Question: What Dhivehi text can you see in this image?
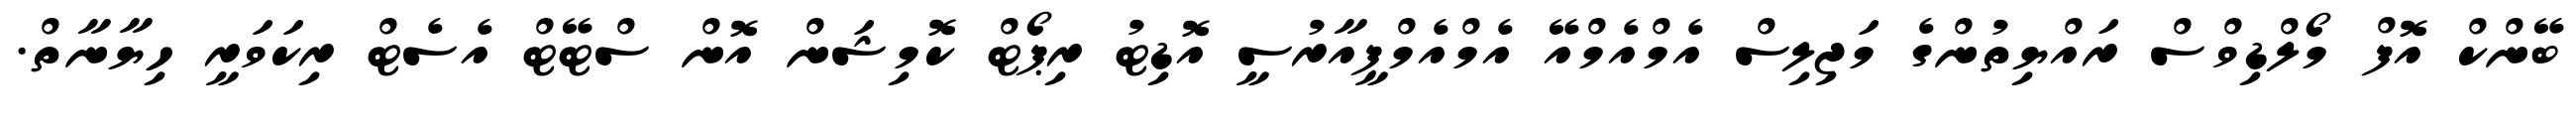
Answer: ބޭންކް އޮފް މޯލްޑިވްސް ރައްޔިތުންގެ މަޖިލިސް އެމްއެމްއޭ އެމްއެމްޕީއާރުސީ އޮޑިޓު ރިޕޯޓް ކޮމިޝަން އޮން ސްޓޭޓް އެސެޓް ރިކަވަރީ ހިޔާނާތް.